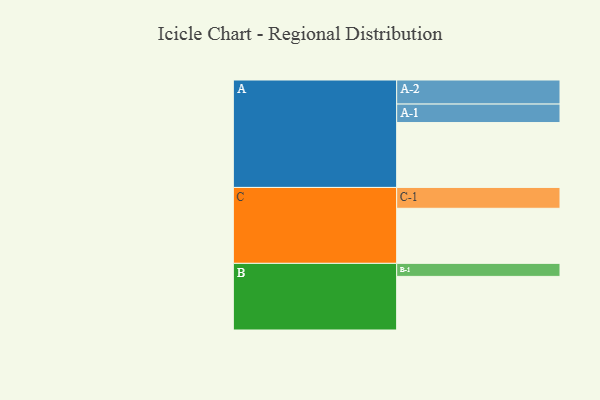
{"axis": {"x": "Segment", "y": "Value"}, "legend": ["", "A", "B", "C"], "data": [{"x": "A", "y": 523, "type": ""}, {"x": "B", "y": 432, "type": ""}, {"x": "C", "y": 444, "type": ""}, {"x": "A-1", "y": 149, "type": "A"}, {"x": "A-2", "y": 194, "type": "A"}, {"x": "B-1", "y": 105, "type": "B"}, {"x": "C-1", "y": 168, "type": "C"}]}